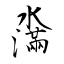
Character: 濷